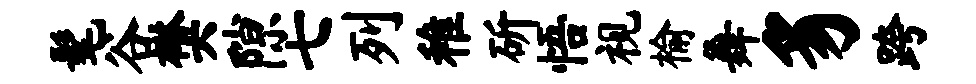
髦谷樊隙七列稚斫悟视榆舞豸跨